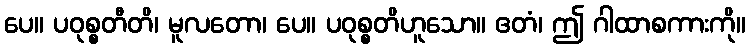
ပေ။ ပဝုစ္စတီတိ၊ မူလတော၊ ပေ။ ပဝုစ္စတိဟူသော။ ဧတံ၊ ဤ ဂါထာစကားကို။